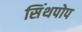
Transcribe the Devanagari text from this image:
सिंथपोप